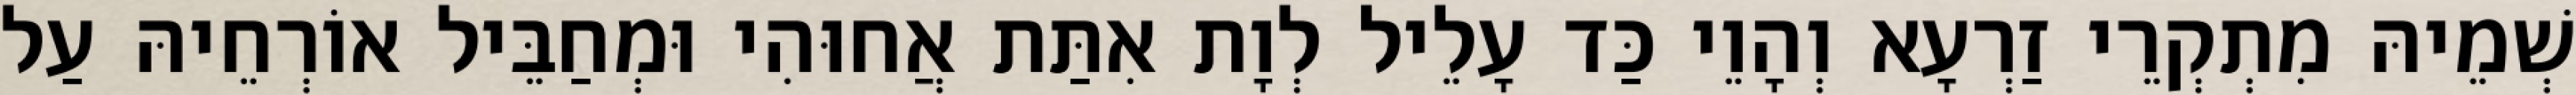
שְׁמֵיהּ מִתְקְרֵי זַרְעָא וְהָוֵי כַּד עָלֵיל לְוָת אִתַּת אֲחוּהִי וּמְחַבֵּיל אוֹרְחֵיהּ עַל